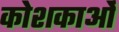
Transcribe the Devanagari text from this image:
कोशकाओं